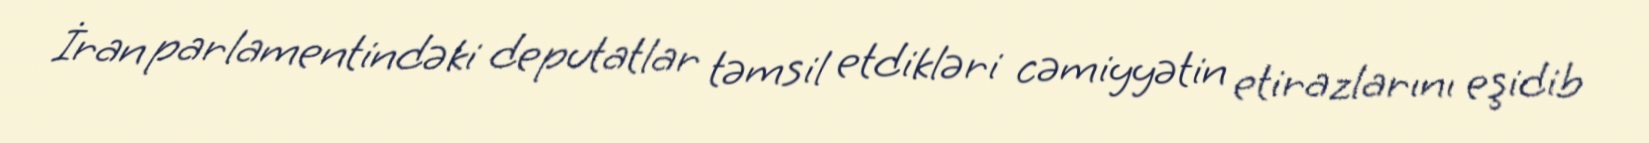
İran parlamentindəki deputatlar təmsil etdikləri cəmiyyətin etirazlarını eşidib